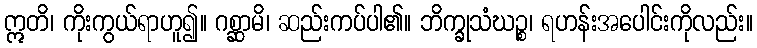
ဣတိ၊ ကိုးကွယ်ရာဟူ၍။ ဂစ္ဆာမိ၊ ဆည်းကပ်ပါ၏။ ဘိက္ခုသံဃဉ္စ၊ ရဟန်းအပေါင်းကိုလည်း။